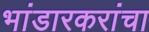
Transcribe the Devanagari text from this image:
भांडारकरांचा